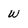
Character: W